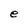
Character: e